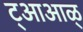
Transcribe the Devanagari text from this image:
ट्आआळ्